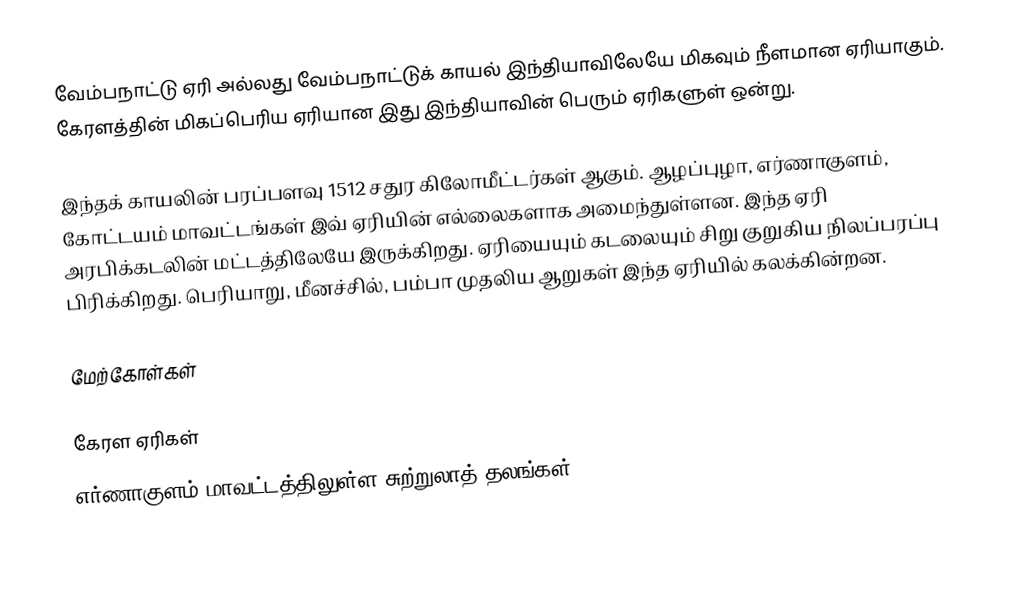
வேம்பநாட்டு ஏரி அல்லது வேம்பநாட்டுக் காயல் இந்தியாவிலேயே மிகவும் நீளமான ஏரியாகும். கேரளத்தின் மிகப்பெரிய ஏரியான இது இந்தியாவின் பெரும் ஏரிகளுள் ஒன்று.

இந்தக் காயலின் பரப்பளவு 1512 சதுர கிலோமீட்டர்கள் ஆகும். ஆழப்புழா, எர்ணாகுளம், கோட்டயம் மாவட்டங்கள் இவ் ஏரியின் எல்லைகளாக அமைந்துள்ளன. இந்த ஏரி அரபிக்கடலின் மட்டத்திலேயே இருக்கிறது. ஏரியையும் கடலையும் சிறு குறுகிய நிலப்பரப்பு பிரிக்கிறது. பெரியாறு, மீனச்சில், பம்பா முதலிய ஆறுகள் இந்த ஏரியில் கலக்கின்றன.

மேற்கோள்கள்

கேரள ஏரிகள்
எர்ணாகுளம் மாவட்டத்திலுள்ள சுற்றுலாத் தலங்கள்